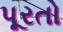
પૂરતો